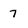
Character: 7